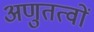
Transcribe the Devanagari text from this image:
अणुतत्वों